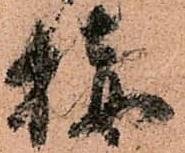
接